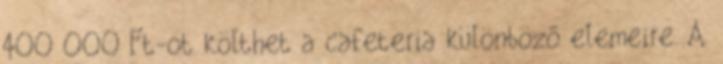
400 000 Ft-ot költhet a cafeteria különböző elemeire. A